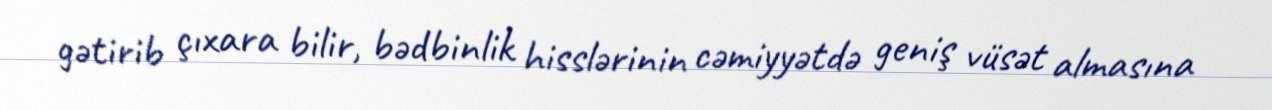
gətirib çıxara bilir, bədbinlik hisslərinin cəmiyyətdə geniş vüsət almasına